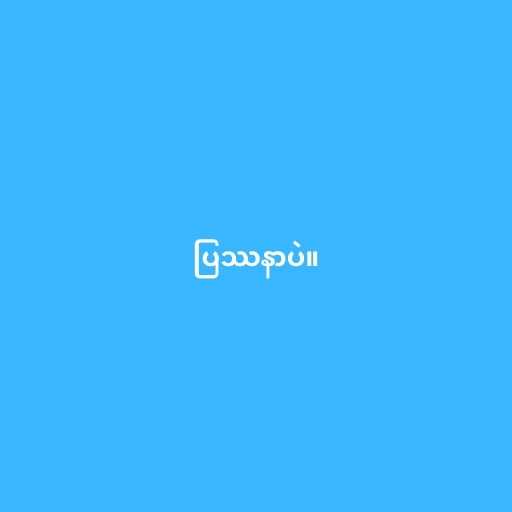
ပြဿနာပဲ။